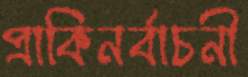
প্রাকিনর্বাচনী